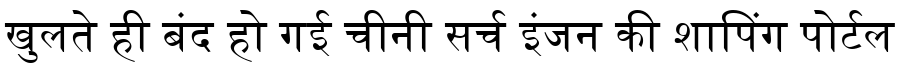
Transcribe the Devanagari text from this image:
खुलते ही बंद हो गई चीनी सर्च इंजन की शापिंग पोर्टल